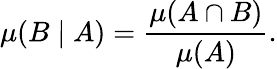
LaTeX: \mu(B\mid A)={\frac{\mu(A\cap B)}{\mu(A)}}.